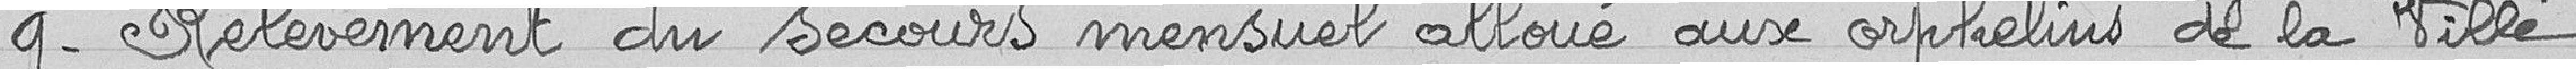
9- Relèvement du secours mensuel alloué aux orphelins de la Ville.